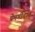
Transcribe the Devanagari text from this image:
प्रेमगीतात